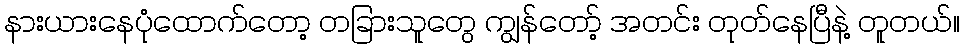
နားယားနေပုံထောက်တော့ တခြားသူတွေ ကျွန်တော့် အတင်း တုတ်နေပြီနဲ့ တူတယ်။